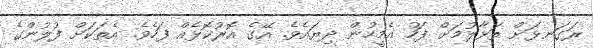
ރަގަނޅަށް ތަޅާލުމަށް ފަހު އެމީހުން ދިޔައެވެ. އޭގެ އޮރުކޮޅެއް ފަހެވެ. އެތަކަށް ފުލުންގެ